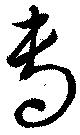
専